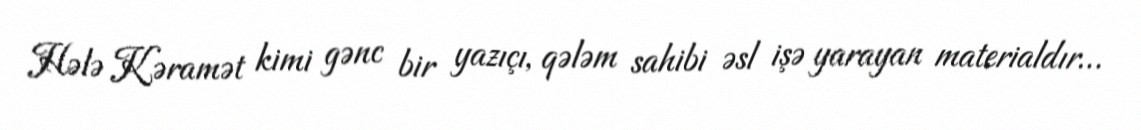
Hələ Kəramət kimi gənc bir yazıçı, qələm sahibi əsl işə yarayan materialdır…